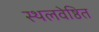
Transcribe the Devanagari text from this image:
स्थलवेष्ठित